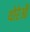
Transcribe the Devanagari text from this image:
थोरेऔ